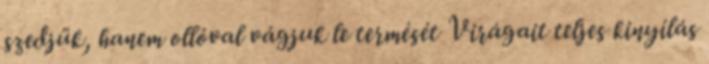
szedjük, hanem ollóval vágjuk le termését Virágait teljes kinyílás